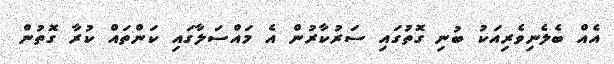
އެއް ބެލެނިވެރިއަކު ބުނި ގޮތުގައި ސަރުކާރުން އެ މައްސަލާގައި ކަންތައް ކުރާ ގޮތުން